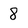
Character: 8